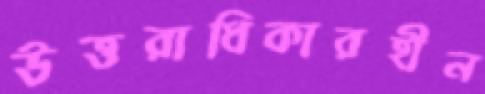
উত্তরাধিকারহীন